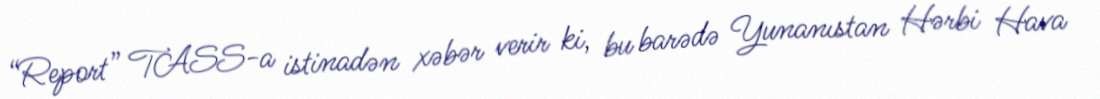
“Report” TASS-a istinadən xəbər verir ki, bu barədə Yunanıstan Hərbi Hava